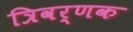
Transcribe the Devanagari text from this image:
त्रिवर्णक